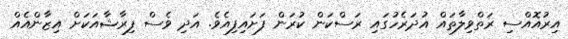
އިރުއޮއްސި ރަތްވިލާތައް އުދަރެހުގައި ރަސްކަން ކުރަން ފަށައިފިއެވެ. އަދި ވެސް ފިރާޝާއަކަށް އިޒާންއެއް